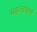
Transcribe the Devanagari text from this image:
महत्वरूर्ण